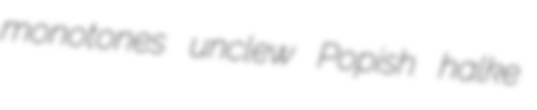
monotones unclew Popish halke